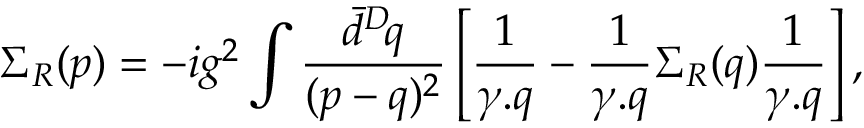
\Sigma _ { R } ( p ) = - i g ^ { 2 } \int \frac { \bar { d } ^ { D } \! q } { ( p - q ) ^ { 2 } } \left[ \frac { 1 } { \gamma . q } - \frac { 1 } { \gamma . q } \Sigma _ { R } ( q ) \frac { 1 } { \gamma . q } \right] ,